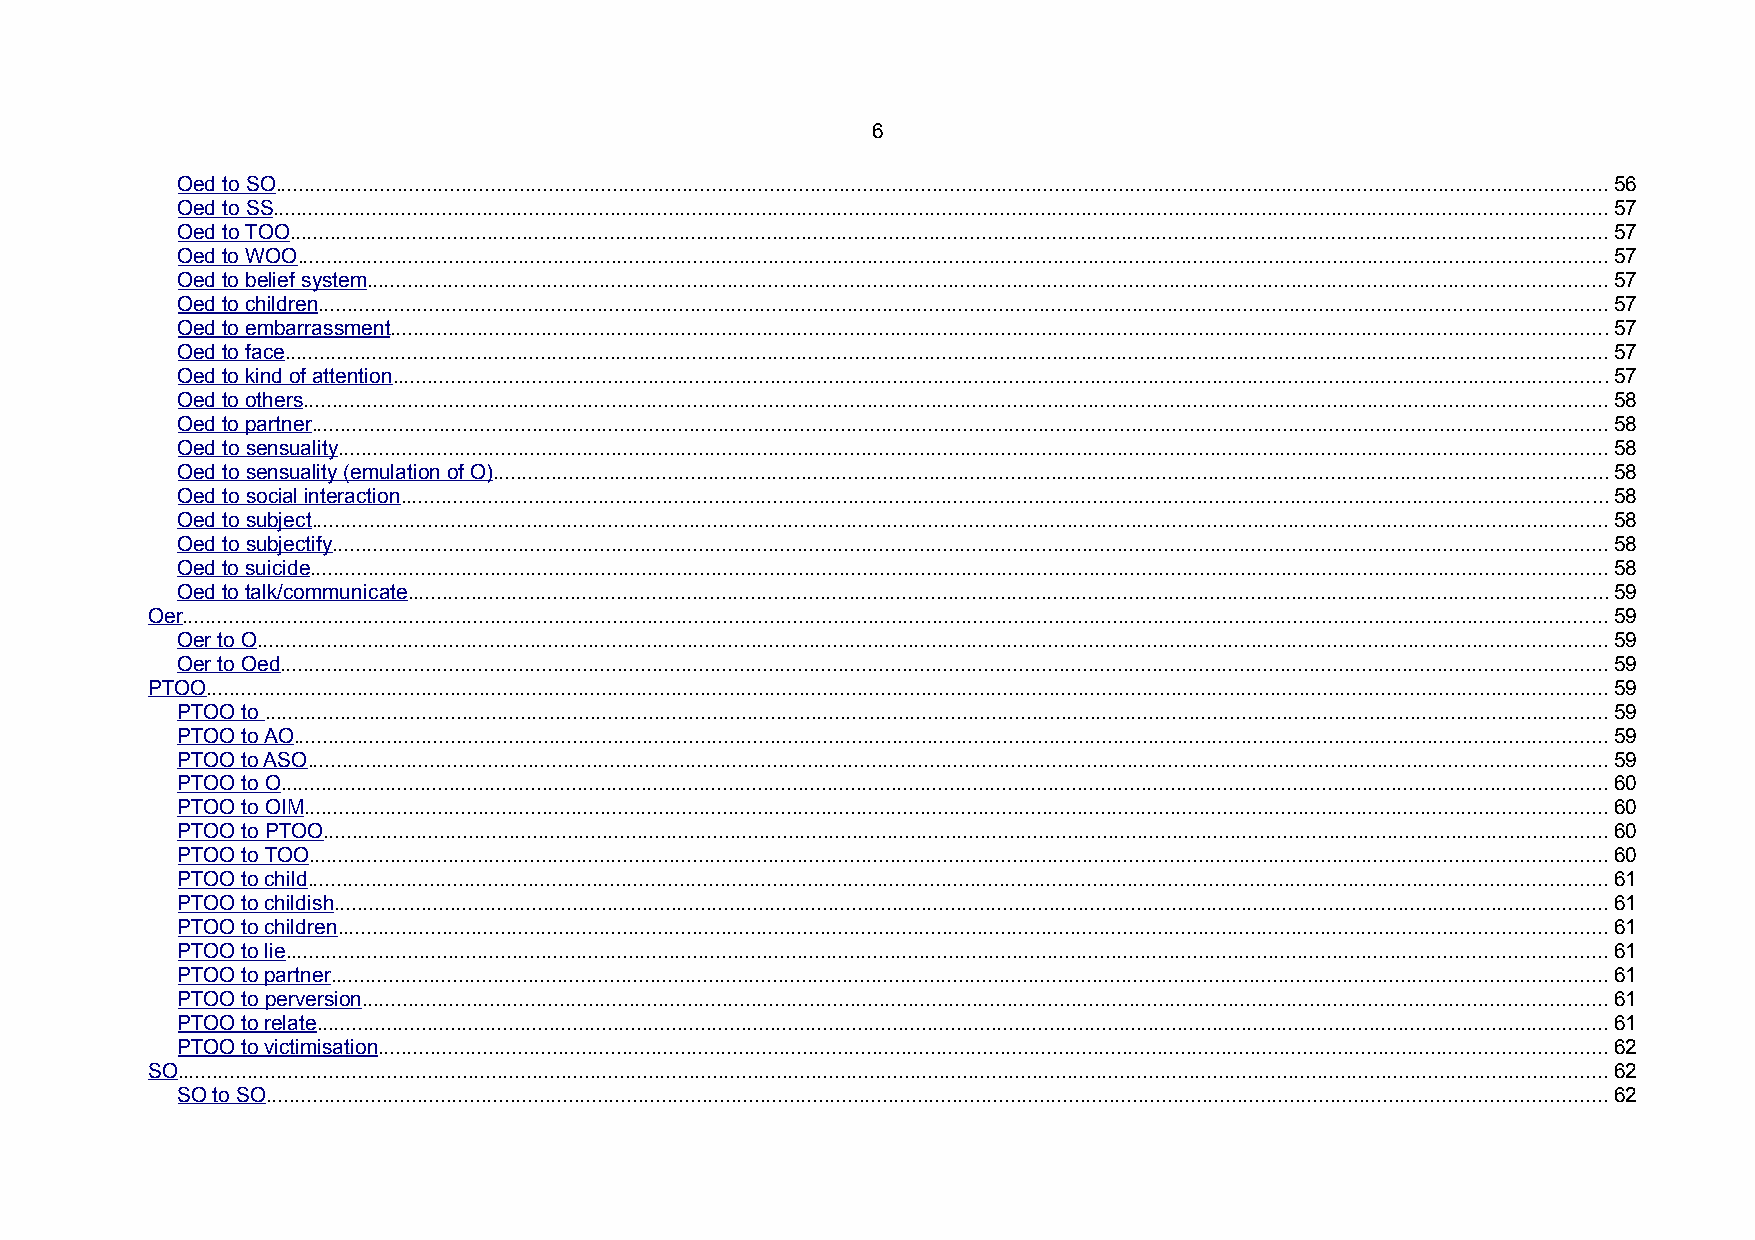
6
 Oed to SO.....................................................................................................................................................................................................................................56
 Oed to SS.....................................................................................................................................................................................................................................57
 Oed to TOO..................................................................................................................................................................................................................................57
 Oed to WOO.................................................................................................................................................................................................................................57
 Oed to belief system.....................................................................................................................................................................................................................57
 Oed to children.............................................................................................................................................................................................................................57
 Oed to embarrassment.................................................................................................................................................................................................................57
 Oed to face...................................................................................................................................................................................................................................57
 Oed to kind of attention.................................................................................................................................................................................................................57
 Oed to others................................................................................................................................................................................................................................58
 Oed to partner...............................................................................................................................................................................................................................58
 Oed to sensuality..........................................................................................................................................................................................................................58
 Oed to sensuality (emulation of O)...............................................................................................................................................................................................58
 Oed to social interaction...............................................................................................................................................................................................................58
 Oed to subject...............................................................................................................................................................................................................................58
 Oed to subjectify...........................................................................................................................................................................................................................58
 Oed to suicide...............................................................................................................................................................................................................................58
 Oed to talk/communicate..............................................................................................................................................................................................................59
 Oer.....................................................................................................................................................................................................................................................59
 Oer to O........................................................................................................................................................................................................................................59
 Oer to Oed....................................................................................................................................................................................................................................59
 PTOO.................................................................................................................................................................................................................................................59
 PTOO to .......................................................................................................................................................................................................................................59
 PTOO to AO..................................................................................................................................................................................................................................59
 PTOO to ASO...............................................................................................................................................................................................................................59
 PTOO to O....................................................................................................................................................................................................................................60
 PTOO to OIM................................................................................................................................................................................................................................60
 PTOO to PTOO.............................................................................................................................................................................................................................60
 PTOO to TOO...............................................................................................................................................................................................................................60
 PTOO to child...............................................................................................................................................................................................................................61
 PTOO to childish...........................................................................................................................................................................................................................61
 PTOO to children..........................................................................................................................................................................................................................61
 PTOO to lie...................................................................................................................................................................................................................................61
 PTOO to partner...........................................................................................................................................................................................................................61
 PTOO to perversion......................................................................................................................................................................................................................61
 PTOO to relate..............................................................................................................................................................................................................................61
 PTOO to victimisation...................................................................................................................................................................................................................62
 SO......................................................................................................................................................................................................................................................62
 SO to SO......................................................................................................................................................................................................................................62